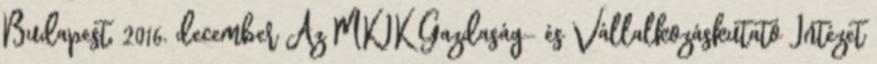
Budapest, 2016. december Az MKIK Gazdaság- és Vállalkozáskutató Intézet